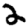
Digit: 2